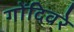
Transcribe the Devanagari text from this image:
गोंदिवरे